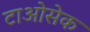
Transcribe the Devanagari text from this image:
टाओसेक